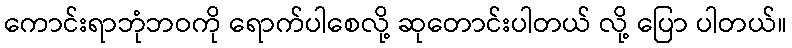
ကောင်းရာဘုံဘဝကို ရောက်ပါစေလို့ ဆုတောင်းပါတယ် လို့ ပြော ပါတယ်။